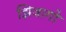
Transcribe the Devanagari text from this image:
झिवागो